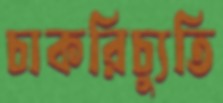
চাকরিচ্যুতি